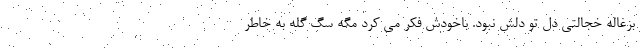
بزغاله خجالتی دل تو دلش نبود. باخودش فکر می کرد مگه سگ گله به خاطر